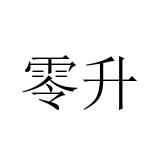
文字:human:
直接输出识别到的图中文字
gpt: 零升